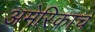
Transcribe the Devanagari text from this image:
अमेरिकाच